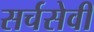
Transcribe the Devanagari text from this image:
सर्चसेवी